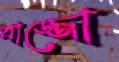
বাজ্জো